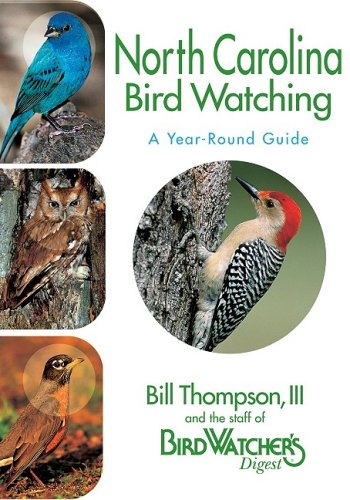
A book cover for North Carolina Bird Watching: A Year-Round Guide; Bill Thompson III; Travel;